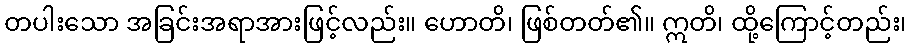
တပါးသော အခြင်းအရာအားဖြင့်လည်း။ ဟောတိ၊ ဖြစ်တတ်၏။ ဣတိ၊ ထို့ကြောင့်တည်း၊